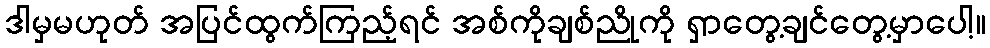
ဒါမှမဟုတ် အပြင်ထွက်ကြည့်ရင် အစ်ကိုချစ်ညိုကို ရှာတွေ့ချင်တွေ့မှာပေါ့။